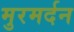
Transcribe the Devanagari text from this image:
मुरमर्दन